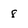
Character: 8